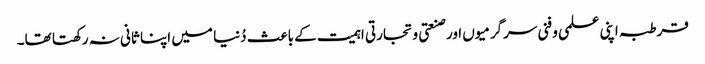
قرطبہ اپنی علمی و فنی سرگرمیوں اور صنعتی و تجارتی اہمیت کے باعث دُنیا میں اپنا ثانی نہ رکھتا تھا۔